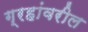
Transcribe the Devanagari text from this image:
ग्रहांवरील